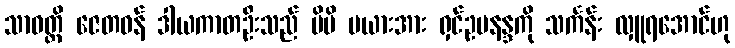
သာဝတ္ထိ ဇေတဝန် ဒါယကာတဦးသည် မိမိ မယားအား ရှင်ဥပနန္ဒကို သင်္ကန်း လှူရအောင်ဟု